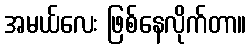
အမယ်လေး ဖြစ်နေလိုက်တာ။